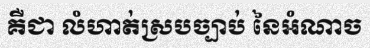
គឺជា លំហាត់ស្របច្បាប់ នៃអំណាច